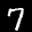
Label: 7